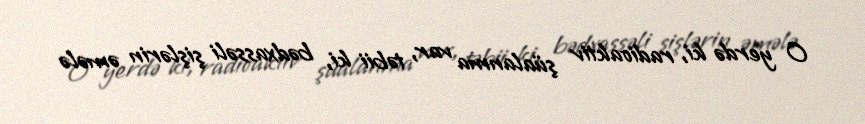
O yerdə ki, radioaktiv şüalanma var, təbii ki, bədxassəli şişlərin əmələ